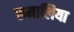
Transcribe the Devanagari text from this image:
रुमालिया